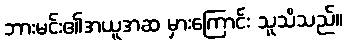
ဘားမင်း၏အယူအဆ မှားကြောင်း သူသိသည်။